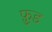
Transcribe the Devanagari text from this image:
फ़ु़ड